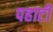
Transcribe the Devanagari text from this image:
पहाटी